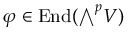
\varphi \in \operatorname { E n d } ( { \textstyle \bigwedge } ^ { p } V )